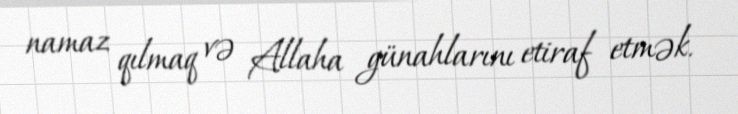
namaz qılmaq və Allaha günahlarını etiraf etmək.